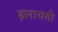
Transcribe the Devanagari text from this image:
इलाचयी